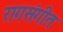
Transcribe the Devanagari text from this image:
रागसंगीत